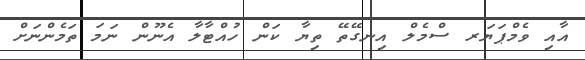
އާއި ވެމްޕަޔަރ ސްމެލް އިނގޭތޭ ތިޔާ ކަން ހުއްޓާލާ އެނޫން ނަމަ ތަމެންނަށް